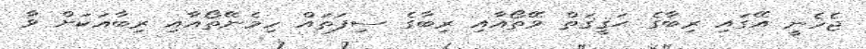
ޖެހެނީ އޭގައި ރިބާގެ ޙަޤީޤަތް ވޭތޯއާއި ރިބާގެ ސިފަތައް ހިމެނޭތޯއާއި ރިބާއަކަށް ވާ